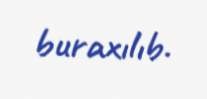
buraxılıb.